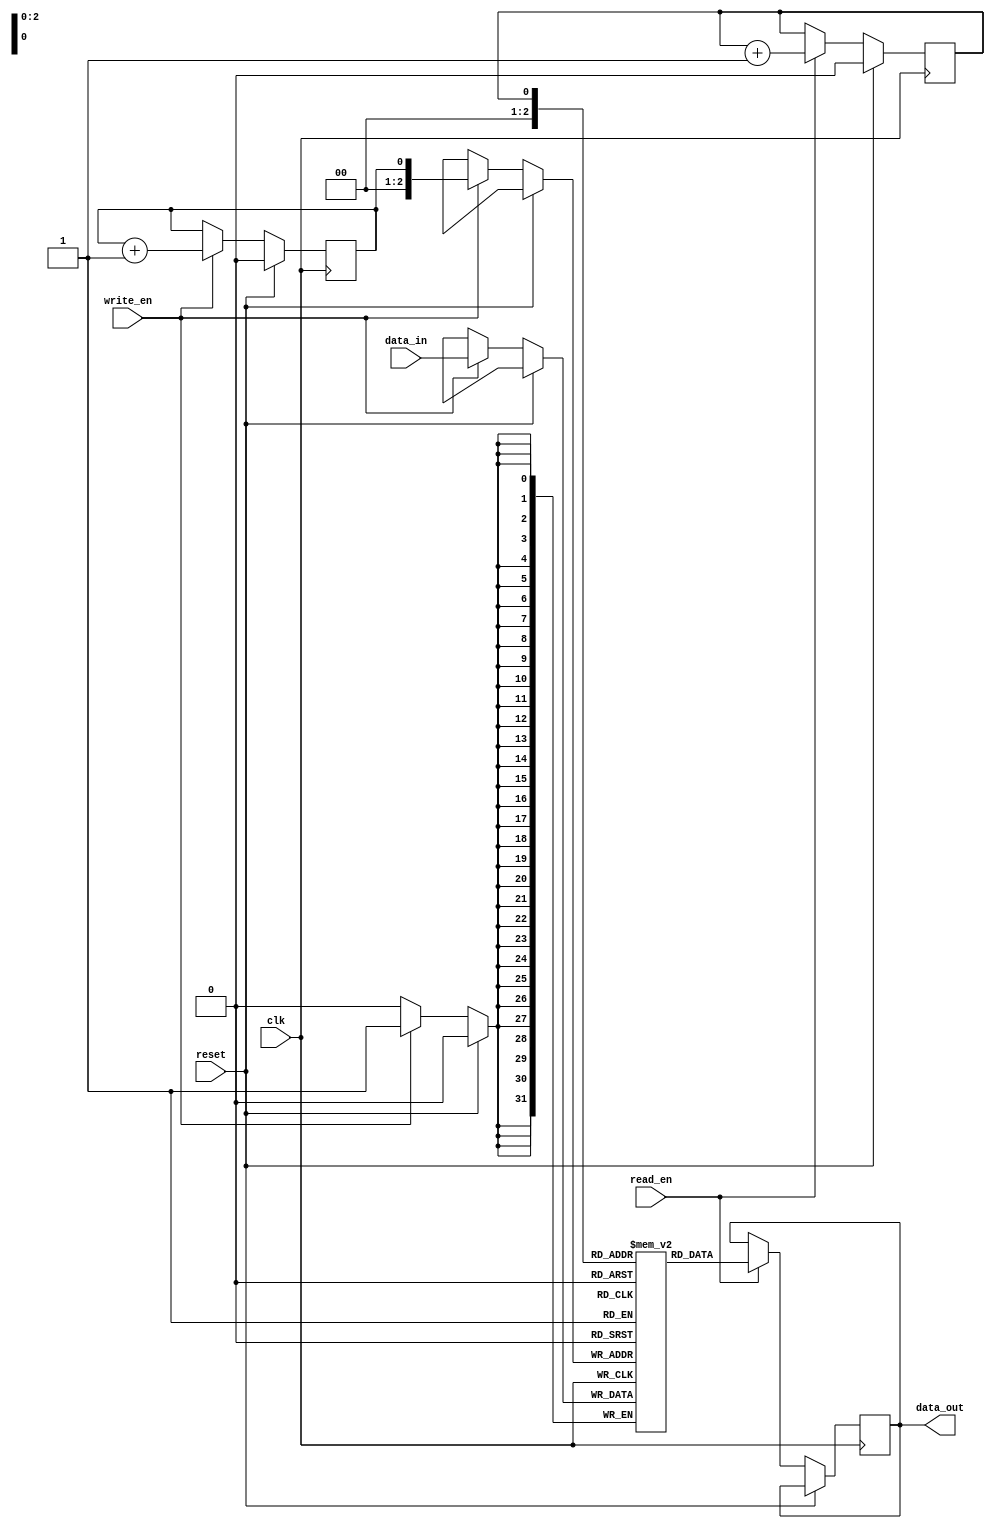
module synchronous_fifo (
  input wire clk,             // Clock signal
  input wire reset,           // Reset signal
  input wire write_en,        // Write enable signal
  input wire read_en,         // Read enable signal
  input wire [31:0] data_in,  // Data input
  output reg [31:0] data_out  // Data output
);

  reg [31:0] fifo [0:7];      // FIFO buffer with 8 entries
  reg wr_ptr, rd_ptr;         // Write and read pointers
  
  always @(posedge clk) begin
    if (reset) begin
      wr_ptr <= 0;
      rd_ptr <= 0;
    end else begin
      if (write_en) begin
        fifo[wr_ptr] <= data_in;
        wr_ptr <= (wr_ptr == 7) ? 0 : wr_ptr + 1;
      end
      if (read_en) begin
        data_out <= fifo[rd_ptr];
        rd_ptr <= (rd_ptr == 7) ? 0 : rd_ptr + 1;
      end
    end
  end

endmodule